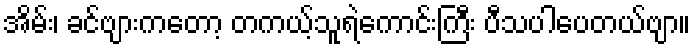
အိမ်း၊ ခင်ဗျားကတော့ တကယ့်သူရဲကောင်းကြီး ပီသပါပေတယ်ဗျာ။